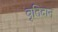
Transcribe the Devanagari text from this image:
वृतिदान